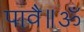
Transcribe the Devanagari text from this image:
पावै॥ॐ